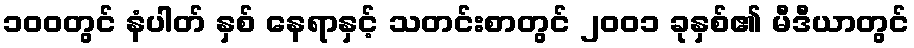
၁၀၀တွင် နံပါတ် နှစ် နေရာနှင့် သတင်းစာတွင် ၂၀၀၁ ခုနှစ်၏ မီဒီယာတွင်